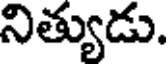
నిత్యుడు.